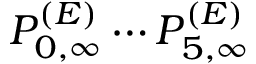
P _ { 0 , \infty } ^ { ( E ) } \cdots P _ { 5 , \infty } ^ { ( E ) }